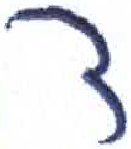
אות: ד